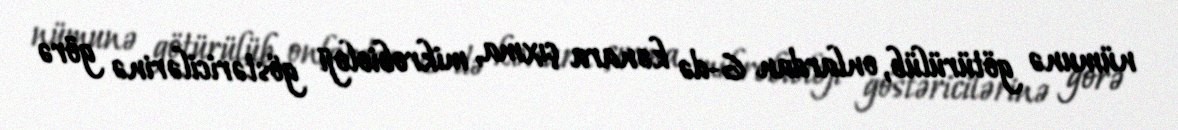
nümunə götürülüb, onlardan 6-də kənara çıxma, mikrobioloji göstəricilərinə görə